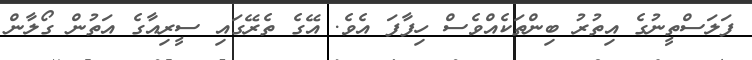
ފަލަސްތީނުގެ އިތުރު ބިންތަކެއްވެސް ހިފާފަ އެވެ. އޭގެ ތެރޭގައި ސީރިއާގެ އަތުން ގޯލާން